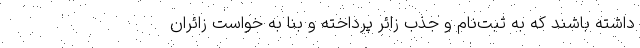
داشته باشند که به ثبت‌نام و جذب زائر پرداخته و بنا به خواست زائران